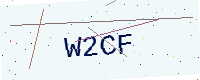
Text: W2CF